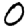
Digit: 0